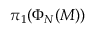
\pi _ { 1 } ( \Phi _ { N } ( M ) )